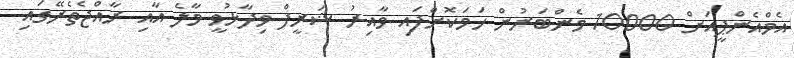
އެމްއެންޕީއަށް 10000 މެންބަރުން ހަަމަކޮށްފައި ވާއިރު ޝަރީފް ވިދާޅުވީ މާލެ އާއި ރާއްޖެތެރޭގައި